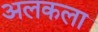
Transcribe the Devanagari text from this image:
अलकला